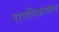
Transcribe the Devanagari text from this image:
रागनिरूपण